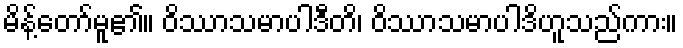
မိန့်တော်မူ၏။ ဝိဿာသမာပါဒီတိ၊ ဝိဿာသမာပါဒိဟူသည်ကား။